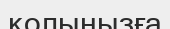
қолыңызға